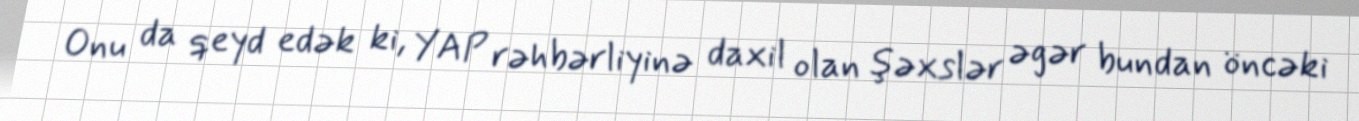
Onu da qeyd edək ki, YAP rəhbərliyinə daxil olan şəxslər əgər bundan öncəki